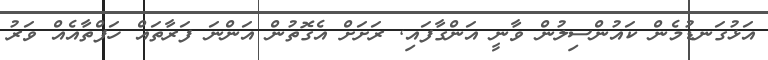
އަޅުގަނޑުމެން ކައުންސިލުން ވާނީ އަންގާފައި